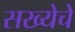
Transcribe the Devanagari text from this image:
सख्येचे